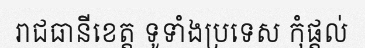
រាជធានីខេត្ត ទូទាំងប្រទេស កុំផ្តល់